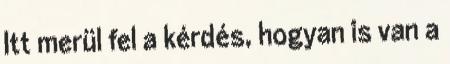
Itt merül fel a kérdés, hogyan is van a